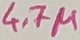
Text: 4.7µ